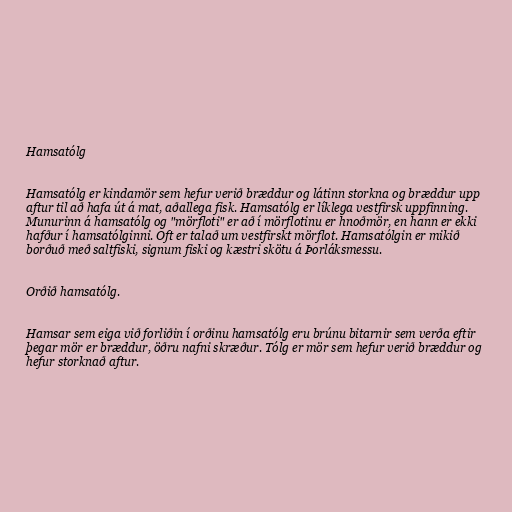
Hamsatólg

Hamsatólg er kindamör sem hefur verið bræddur og látinn storkna og bræddur upp
aftur til að hafa út á mat, aðallega fisk. Hamsatólg er líklega vestfirsk uppfinning.
Munurinn á hamsatólg og "mörfloti" er að í mörflotinu er hnoðmör, en hann er ekki
hafður í hamsatólginni. Oft er talað um vestfirskt mörflot. Hamsatólgin er mikið
borðuð með saltfiski, signum fiski og kæstri skötu á Þorláksmessu.

Orðið hamsatólg.

Hamsar sem eiga við forliðin í orðinu hamsatólg eru brúnu bitarnir sem verða eftir
þegar mör er bræddur, öðru nafni skræður. Tólg er mör sem hefur verið bræddur og
hefur storknað aftur.